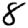
Digit: 8